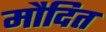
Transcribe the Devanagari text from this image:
मौदित